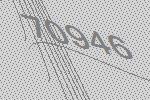
70946